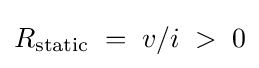
R_{\text{static}}\;=\;v/i\;>\;0